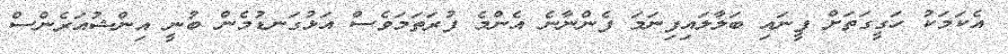
އެކަމަކު ހަގީގަތަށް ފީނައި ބަލާލައިފިނަމަ ފެންނާނެ އެންމެ ފުރަތަމަވެސް އަޅުގަނޑުމެން ބުނީ އިންޝުއަރެންސް